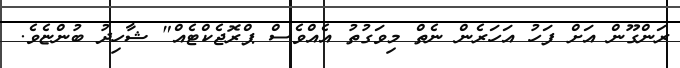
ރަންގޫން އަށް ފަހު އަހަރެން ނެތް މިވަގުތު އެއްވެސް ޕްރޮޖެކްޓެއް" ޝާހިދު ބުންޏެވެ.